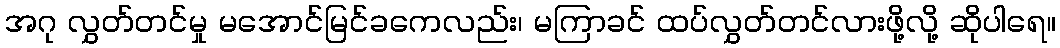
အဂု လွှတ်တင်မှု မအောင်မြင်ခကေလည်း၊ မကြာခင် ထပ်လွှတ်တင်လားဖို့လို့ ဆိုပါရေ။